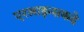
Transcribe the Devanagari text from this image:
एरलाइन्सकडे